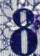
8